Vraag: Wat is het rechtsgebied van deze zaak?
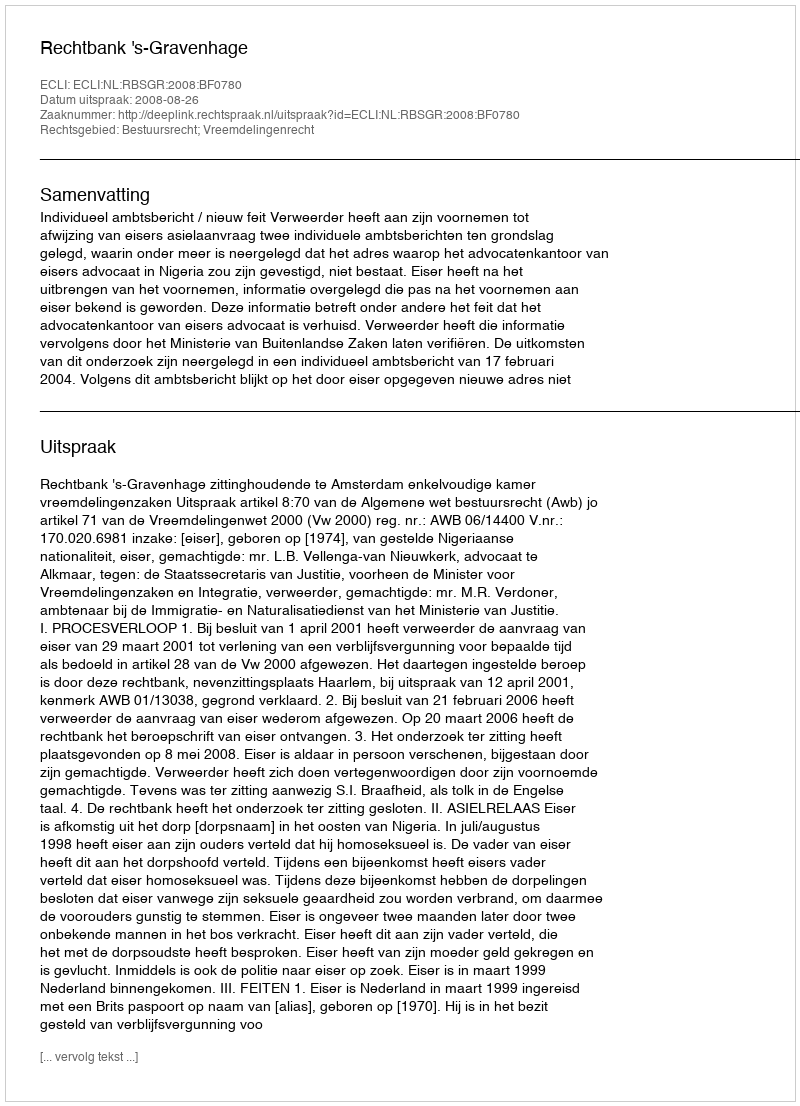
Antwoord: Bestuursrecht; Vreemdelingenrecht